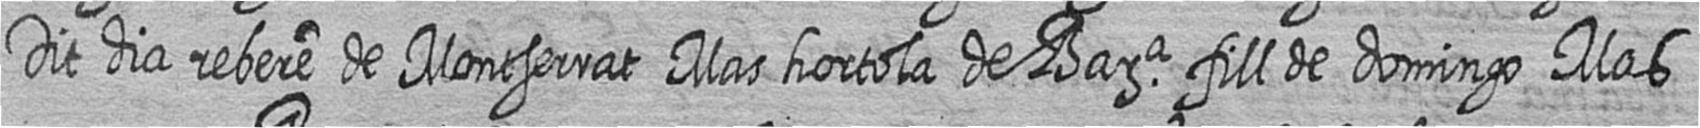
Dit dia rebere de Montserrat Mas hortola de Bara fill de domingo Mas